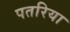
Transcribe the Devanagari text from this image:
पतरिया